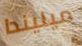
ميليندا